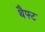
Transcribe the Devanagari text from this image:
थैफ्ट